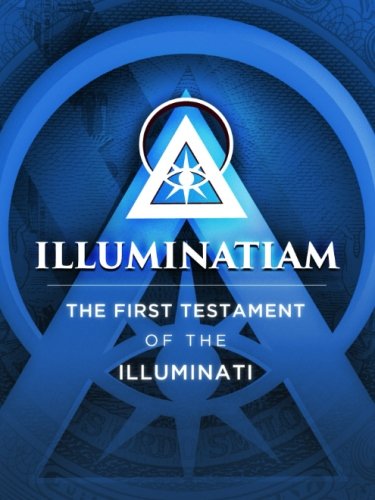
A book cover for Illuminatiam: The First Testament Of The Illuminati; Illuminatiam; Religion & Spirituality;